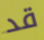
قد